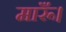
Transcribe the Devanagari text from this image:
मारूँ।